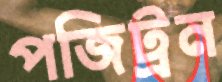
পজিট্রন